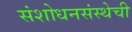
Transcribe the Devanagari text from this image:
संशोधनसंस्थेची